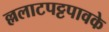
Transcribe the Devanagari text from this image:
ल्ललाटपट्टपावके